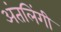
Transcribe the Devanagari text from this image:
अंतलिंगी